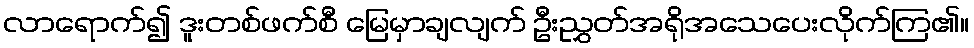
လာရောက်၍ ဒူးတစ်ဖက်စီ မြေမှာချလျက် ဦးညွှတ်အရိုအသေပေးလိုက်ကြ၏။